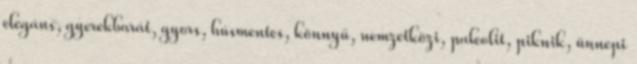
elegáns, gyerekbarát, gyors, húsmentes, könnyű, nemzetközi, paleolit, piknik, ünnepi